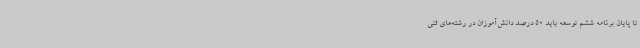
تا پایان برنامه ششم توسعه باید 50 درصد دانش‌آموزان در رشته‌های فنی